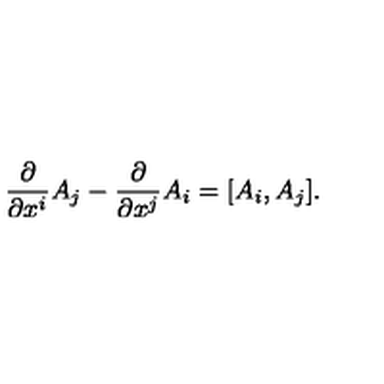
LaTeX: { \frac { \partial } { \partial x ^ { i } } } A _ { j } - { \frac { \partial } { \partial x ^ { j } } } A _ { i } = [ A _ { i } , A _ { j } ] .